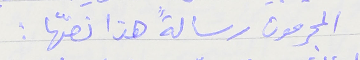
المجرمون رسالةً هذا نصّها :